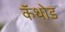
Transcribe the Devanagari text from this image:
कॅथोड